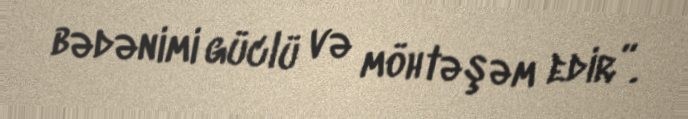
bədənimi güclü və möhtəşəm edir”.